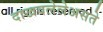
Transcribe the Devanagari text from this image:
दाखवलेलेअसते